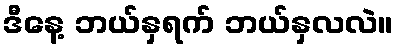
ဒီနေ့ ဘယ်နှရက် ဘယ်နှလလဲ။